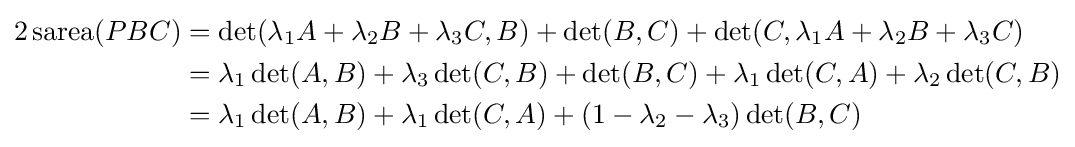
{\begin{aligned}2\operatorname {sarea} (PBC)&=\det(\lambda _{1}A+\lambda _{2}B+\lambda _{3}C,B)+\det(B,C)+\det(C,\lambda _{1}A+\lambda _{2}B+\lambda _{3}C)\\&=\lambda _{1}\det(A,B)+\lambda _{3}\det(C,B)+\det(B,C)+\lambda _{1}\det(C,A)+\lambda _{2}\det(C,B)\\&=\lambda _{1}\det(A,B)+\lambda _{1}\det(C,A)+(1-\lambda _{2}-\lambda _{3})\det(B,C)\end{aligned}}